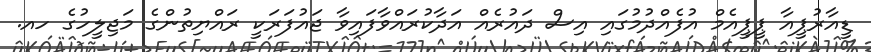
ޑީއާރުޕީއާ ޕީޕީއެމް އުފެއްދުމުގައި އިސް ދައުރެއް އަދާކުރައްވާފައިވާ ޖައުފަރަކީ ރައްޔިތުންގެ މަޖިލީހުގެ ހއ.